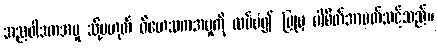
အညဝါဒကအမှု သို့မဟုတ် ဝိဟေသကအမှုကို ထပ်မံ၍ ပြုမှ ပါစိတ်အာပတ်သင့်သည်။